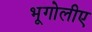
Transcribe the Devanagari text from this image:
भूगोलीए